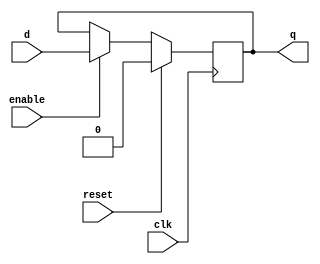
module d_ff_reset (
    input wire clk,
    input wire reset,
    input wire enable,
    input wire d,
    output reg q
);

always @(posedge clk) begin
    if (reset)
        q <= 1'b0; // Reset output to 0 when reset signal is activated
    else if (enable)
        q <= d; // Output follows input when enable signal is high
end

endmodule